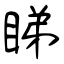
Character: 睇